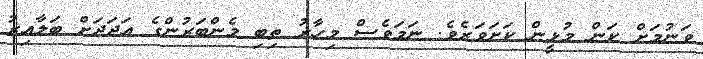
ވަނުމަށް ކަން މުޅީން ކަށަވަަރެވެ. ނަމަވެސް މިހާރު ތިބި މެންބަރުންގެ އަދަދަށް ބަލާއިރު